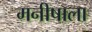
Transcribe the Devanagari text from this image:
मनीषाला